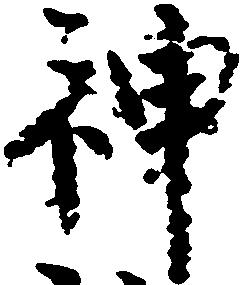
神